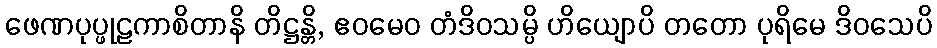
ဖေဏပုပ္ဖုဠကာစိတာနိ တိဋ္ဌန္တိ, ဧဝမေဝ တံဒိဝသမ္ပိ ဟိယျောပိ တတော ပုရိမေ ဒိဝသေပိ